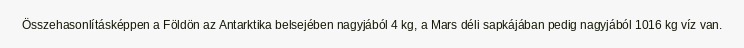
Összehasonlításképpen a Földön az Antarktika belsejében nagyjából 4 kg, a Mars déli sapkájában pedig nagyjából 1016 kg víz van.